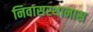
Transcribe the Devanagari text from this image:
निवासस्थानास